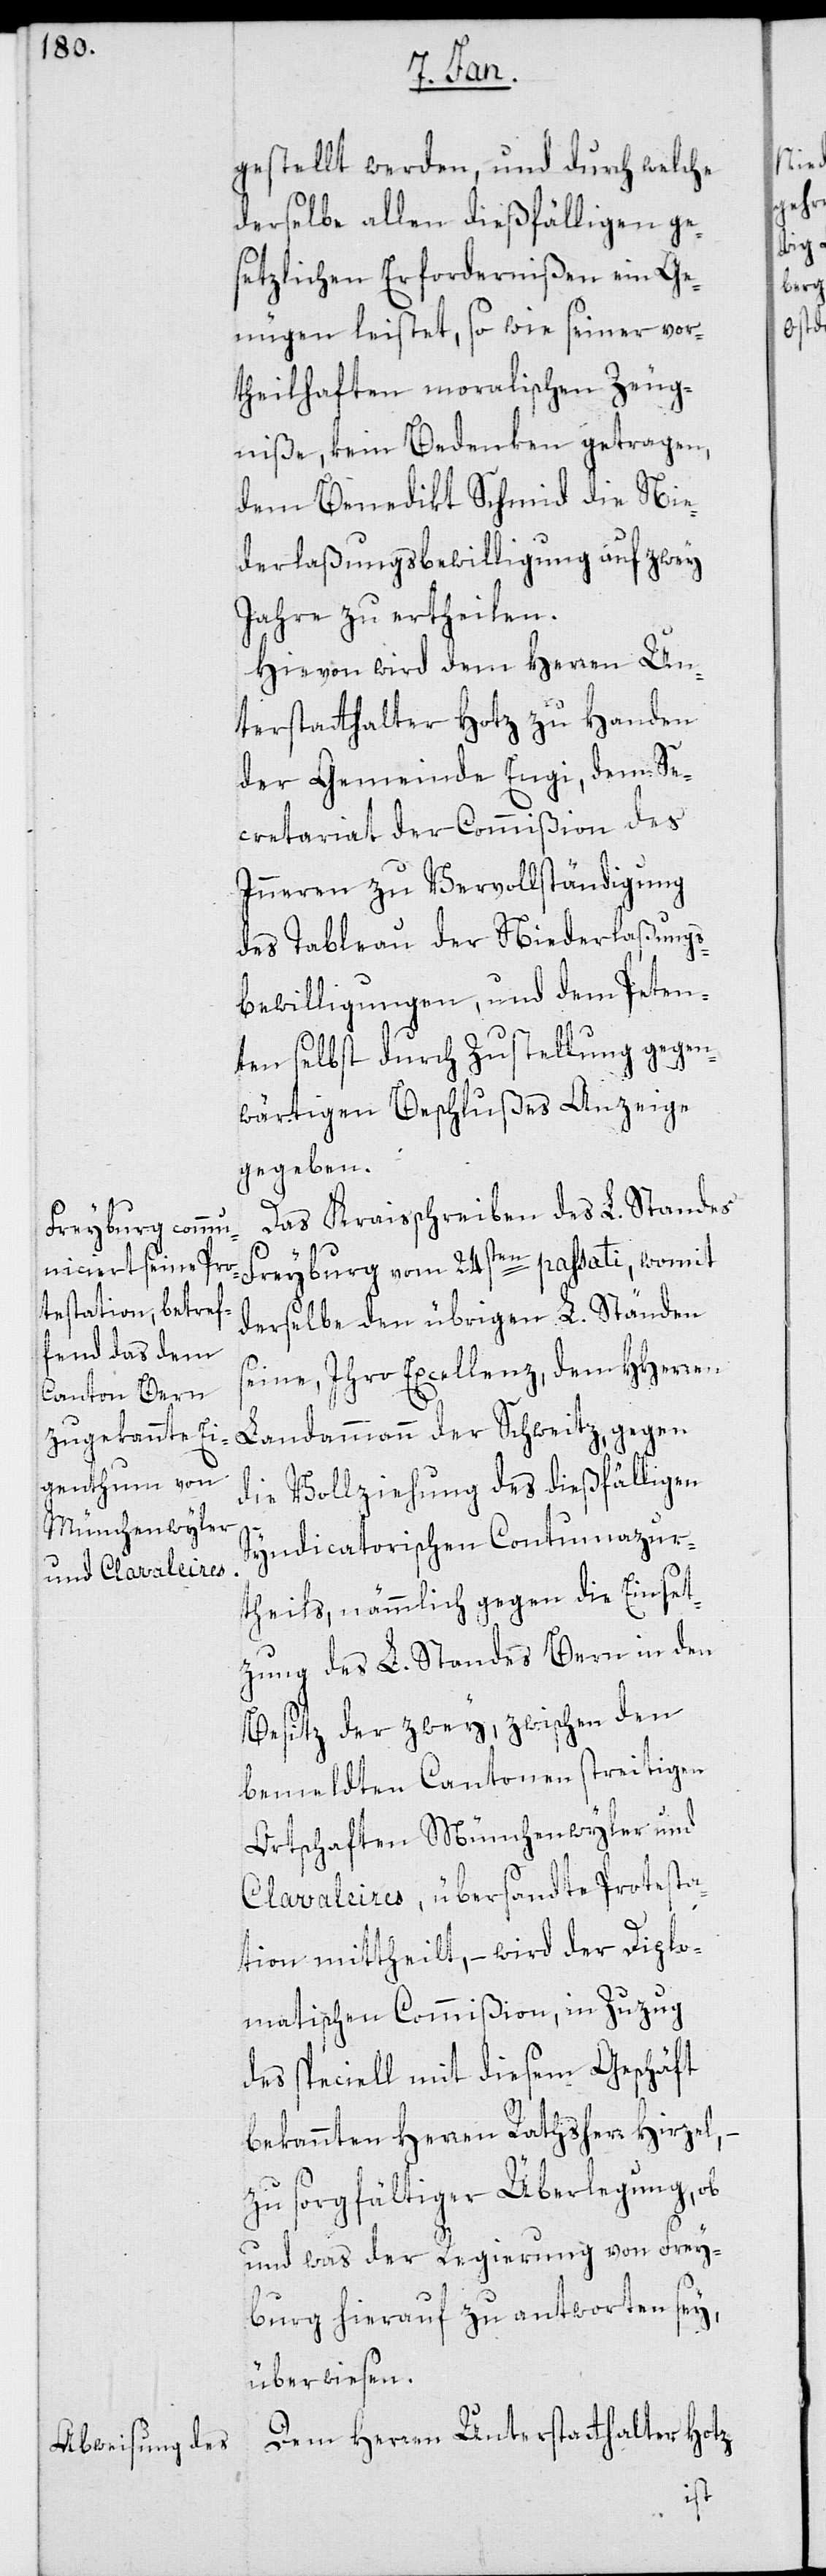
gestellt werden, und durch welche
derselbe allen dießfälligen ge¬
setzlichen Erfordernißen ein Ge¬
nügen leistet, so wie seiner vor¬
theilhaften moralischen Zeug¬
niße, kein Bedenken getragen,
dem Benedikt Schmid die Nie¬
derlaßungsbewilligung auf zwey
Jahre zu ertheilen.
Hievon wird dem Herren Un¬
terstatthalter Hotz zu Handen
der Gemeinde Enge, dem Se¬
cretariat der Commißion des
Inneren zu Vervollständigung
des Tableau der Niederlaßungs¬
bewilligungen, und dem Peten¬
ten selbst durch Zustellung gegen¬
wärtigen Beschlußes Anzeige
gegeben.
Das Kreisschreiben des L. Standes
Freyburg vom 24sten passati, womit
derselbe den übrigen L. Ständen
seine, Ihro Excellenz, dem HHerren
Landammann der Schweitz, gegen
die Vollziehung des dießfälligen
Syndicatorischen Contumazur¬
theils, nämmlich gegen die Einset¬
zung des L. Standes Bern in den
Besitz der zwey, zwischen den
bemeldten Cantonen streitigen
Ortschaften Münchenwyler und
Clavaleires, übersandte Protesta¬
tion mittheilt, – wird der Diplo¬
matischen Commißion, in Zuzug
des speciell mit diesem Geschäft
bekannten Herren Rathsherr Hirzel,
zu sorgfältiger Überlegung, ob
und was der Regierung von Frey¬
burg hierauf zu antworten sey,
überwiesen.
Dem Herren Unterstatthalter Hotz